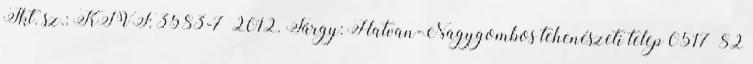
Ikt. sz.: KTVF: 3583-7 2012. Tárgy: Hatvan-Nagygombos tehenészeti telep 0517 82